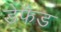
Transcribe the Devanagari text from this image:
डेफैड